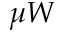
\mu W